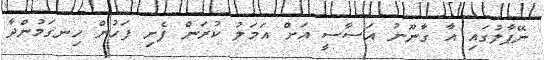
ނޭޕާލުގައި އާ ގާނޫނު އަސާސީ އަށް އަމަލު ކުރަން ފެށި ފަހުން ހިނގަމުންދާ